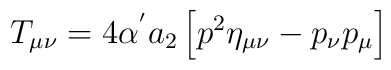
T_{\mu \nu} = 4 \alpha^{'} a_{2} \left[ p^{2} \eta_{\mu \nu} - p_{\nu} p_{\mu}\right]